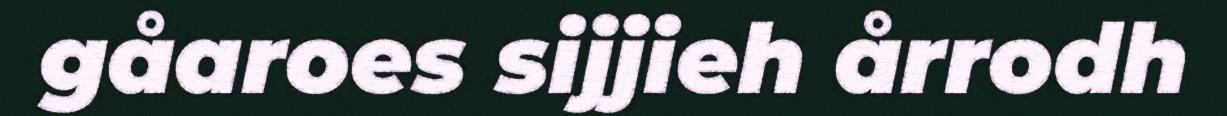
gåaroes sijjieh årrodh